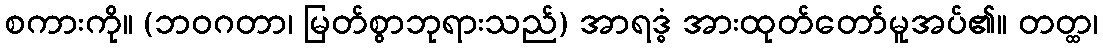
စကားကို။ (ဘဝဂတာ၊ မြတ်စွာဘုရားသည်) အာရဒ္ဓံ အားထုတ်တော်မူအပ်၏။ တတ္ထ၊